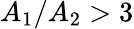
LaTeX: A_{1}/A_{2}>3